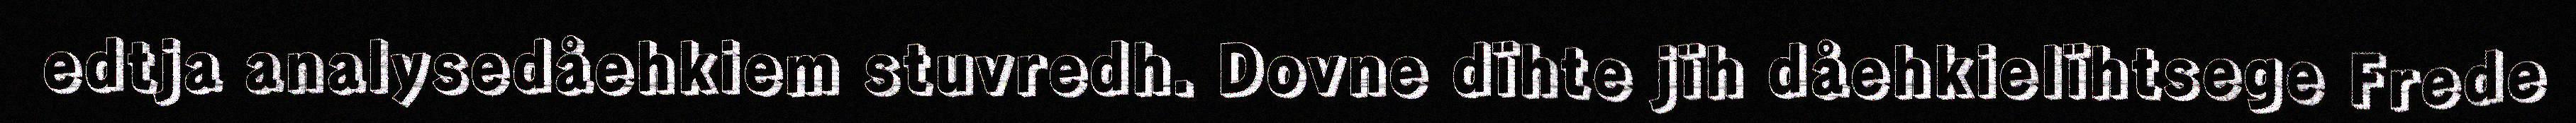
edtja analysedåehkiem stuvredh. Dovne dïhte jïh dåehkielïhtsege Frede